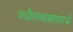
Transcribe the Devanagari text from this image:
अधीतव्यवहारार्थं